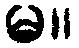
မ။